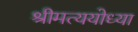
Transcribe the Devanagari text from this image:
श्रीमत्ययोध्या